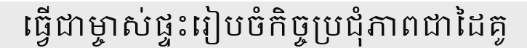
ធ្វើជាម្ចាស់ផ្ទះរៀបចំកិច្ចប្រជុំភាពជាដៃគូ